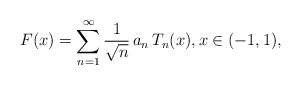
\begin{align*}F(x) = \sum_{n=1}^{\infty}\frac{1}{\sqrt{n}}\, a_{n}\, T_{n}(x), x \in (-1,1),\end{align*}